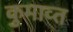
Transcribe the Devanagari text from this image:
कुमाव्त